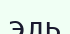
эль